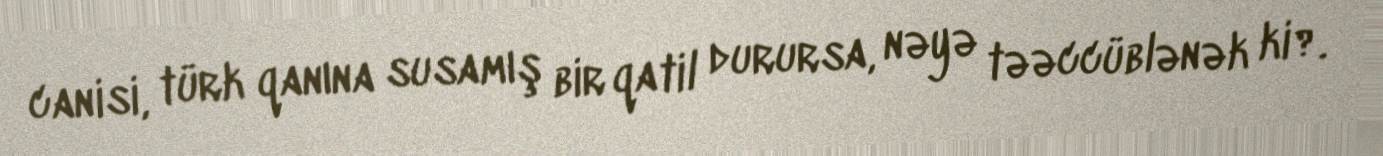
canisi, türk qanına susamış bir qatil durursa, nəyə təəccüblənək ki?.